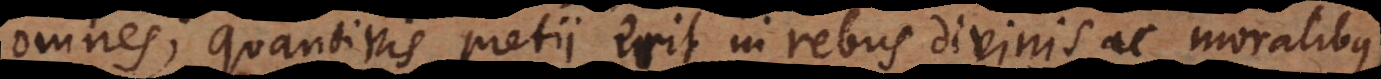
omnes; quantivis pretii erit in rebus divinis ac moralibus